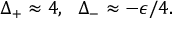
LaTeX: ~ \Delta _ { + } \approx 4 , ~ ~ \Delta _ { - } \approx - \epsilon / 4 .